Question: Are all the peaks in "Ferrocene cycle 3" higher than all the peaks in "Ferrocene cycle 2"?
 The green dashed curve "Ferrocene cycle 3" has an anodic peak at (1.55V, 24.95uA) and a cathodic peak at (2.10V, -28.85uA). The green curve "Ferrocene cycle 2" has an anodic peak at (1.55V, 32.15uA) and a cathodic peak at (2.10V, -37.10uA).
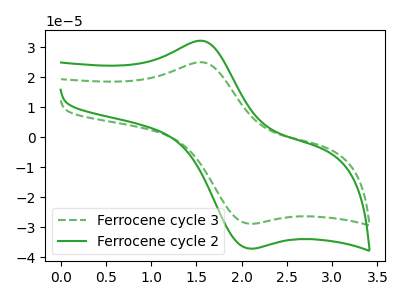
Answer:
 <answer>Every peak in "Ferrocene cycle 3" is lower than every peak in "Ferrocene cycle 2".</answer>
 <eval>lower</eval>